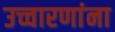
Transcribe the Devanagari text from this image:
उच्चारणांना